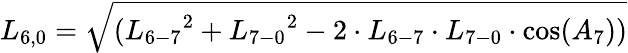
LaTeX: {L_{6,0}}=\sqrt{({L_{6-7}}^{2}+{L_{7-0}}^{2}-2\cdot{L_{6-7}}\cdot{L_{7-0}}\cdot\cos({A_{7}}))}